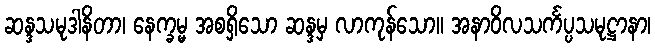
ဆန္ဒသမုဒါနိတာ၊ နေက္ခမ္မ အစရှိသော ဆန္ဒမှ လာကုန်သော။ အနာဝိလသင်္ကပ္ပသမုဋ္ဌာနာ၊